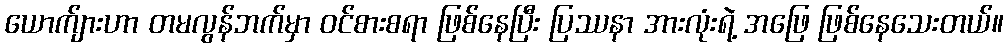
ယောက်ျားဟာ တမလွန်ဘက်မှာ ဝင်စားစရာ ဖြစ်နေပြီး ပြဿနာ အားလုံးရဲ့ အဖြေ ဖြစ်နေသေးတယ်။